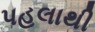
પહલાથી